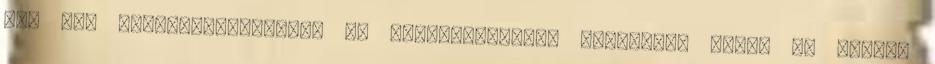
hit nem ellenőrizhetetlen és megfoghatatlan káprázat, hanem az eleven